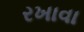
રખાવા